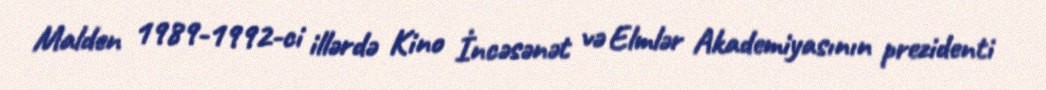
Malden 1989-1992-ci illərdə Kino İncəsənət və Elmlər Akademiyasının prezidenti